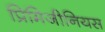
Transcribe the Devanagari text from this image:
प्रिमिजीनियस